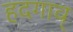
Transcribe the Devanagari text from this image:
हदगाव्